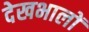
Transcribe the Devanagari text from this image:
देखभालों